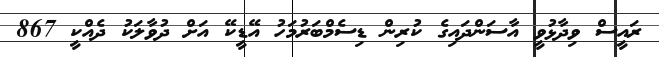
ރައީސް ވިދާޅުވީ އާސަންދައިގެ ކުރިން ޑިސެމްބަރުމަހު އޭޑީކޭ އަށް ދުވާލަކު ދެއްކީ 867